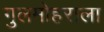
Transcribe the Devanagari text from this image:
गुलमोहराला